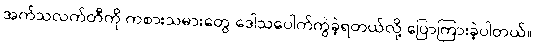
အက်သလက်တီကို ကစားသမားတွေ ဒေါသပေါက်ကွဲခဲ့ရတယ်လို့ ပြောကြားခဲ့ပါတယ်။